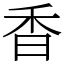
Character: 香